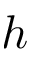
h